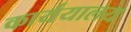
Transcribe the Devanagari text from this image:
कार्ययालय